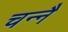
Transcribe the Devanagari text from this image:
चन्नै